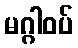
မဂ္ဂါဝပ်